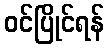
ဝင်ပြိုင်ရန်